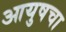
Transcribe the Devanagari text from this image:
आयुषचा